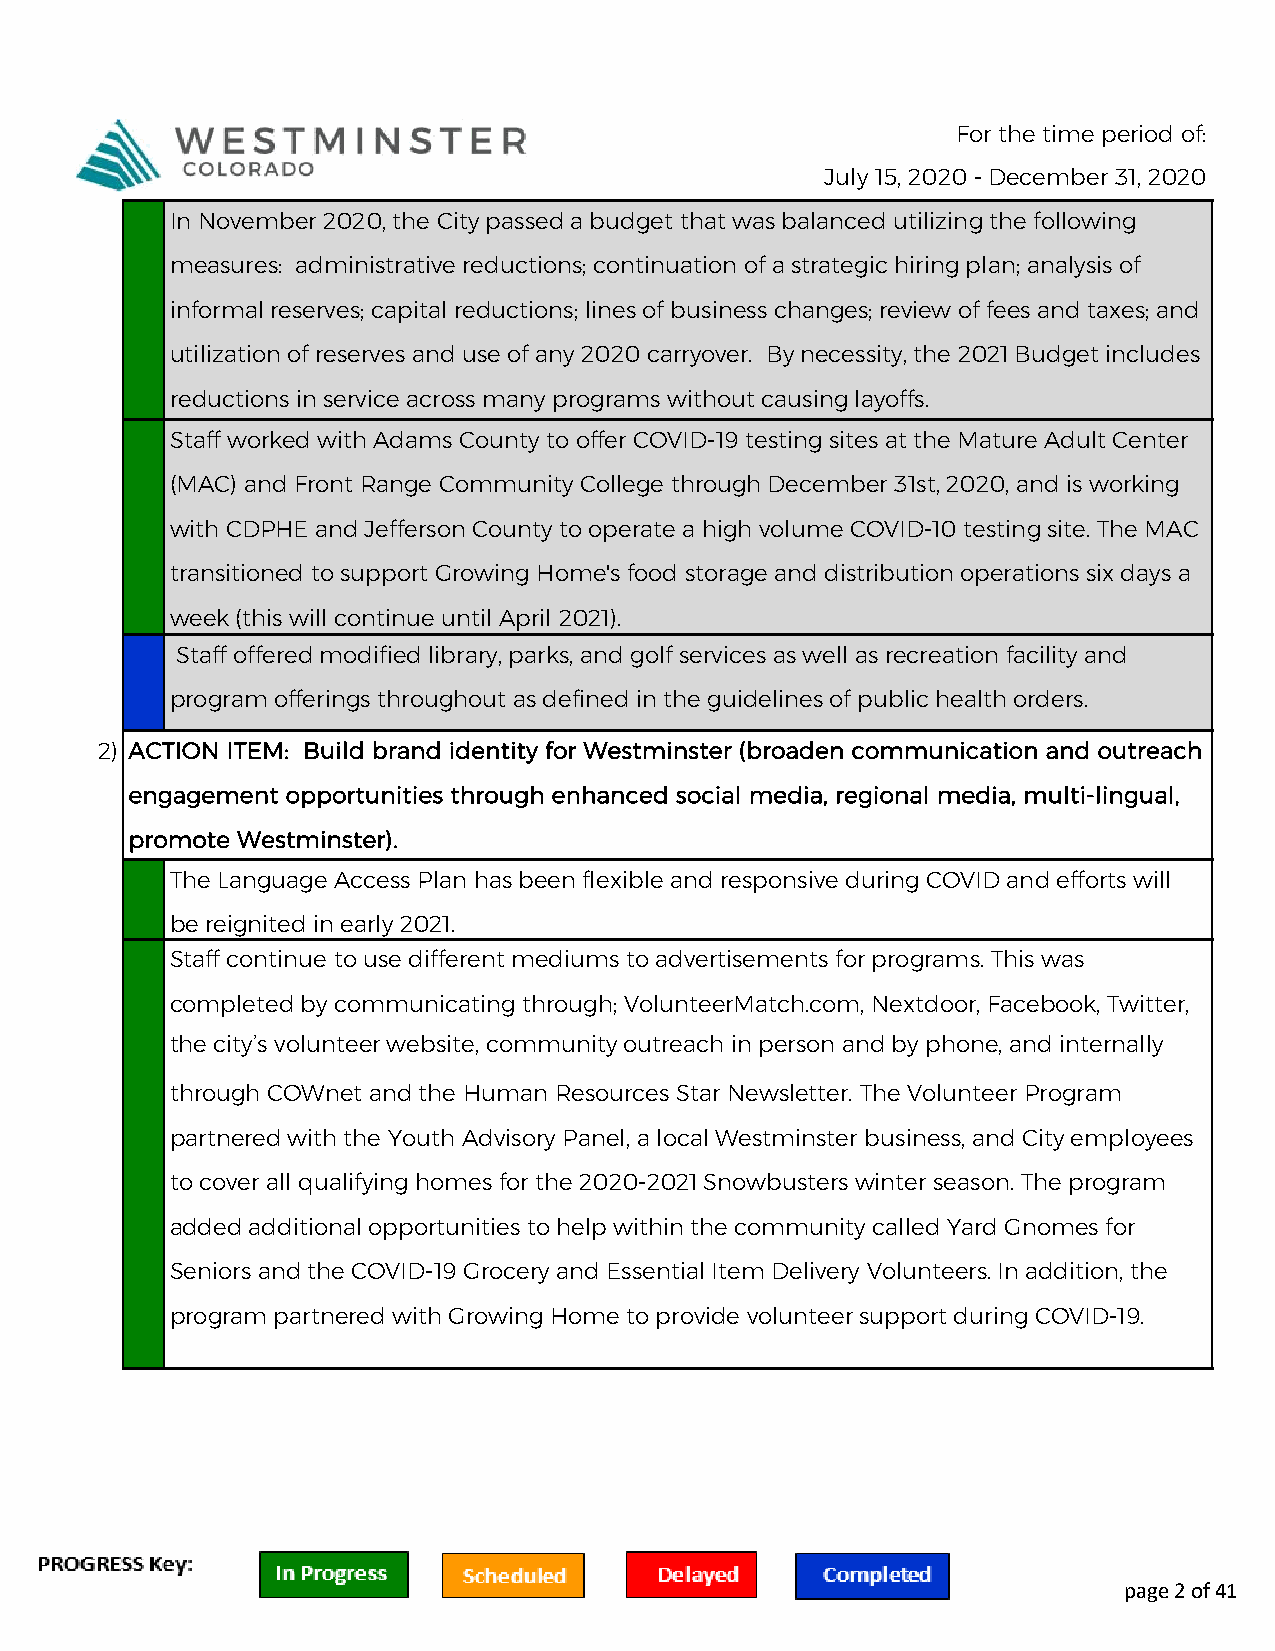
For the time period of:
 July 15, 2020 - December 31, 2020
 In November 2020, the City passed a budget that was balanced utilizing the following
 measures: administrative reductions; continuation of a strategic hiring plan; analysis of
 informal reserves; capital reductions; lines of business changes; review of fees and taxes; and
 utilization of reserves and use of any 2020 carryover. By necessity, the 2021 Budget includes
 reductions in service across many programs without causing layoffs.
 Staff worked with Adams County to offer COVID-19 testing sites at the Mature Adult Center
 (MAC) and Front Range Community College through December 31st, 2020, and is working
 with CDPHE and Jefferson County to operate a high volume COVID-10 testing site. The MAC
 transitioned to support Growing Home's food storage and distribution operations six days a
 week (this will continue until April 2021).
 Staff offered modified library, parks, and golf services as well as recreation facility and
 program offerings throughout as defined in the guidelines of public health orders.
 2) ACTION ITEM: Build brand identity for Westminster (broaden communication and outreach
 engagement opportunities through enhanced social media, regional media, multi-lingual,
 promote Westminster).
 The Language Access Plan has been flexible and responsive during COVID and efforts will
 be reignited in early 2021.
 Staff continue to use different mediums to advertisements for programs. This was
 completed by communicating through; VolunteerMatch.com, Nextdoor, Facebook, Twitter,
 the city’s volunteer website, community outreach in person and by phone, and internally
 through COWnet and the Human Resources Star Newsletter. The Volunteer Program
 partnered with the Youth Advisory Panel, a local Westminster business, and City employees
 to cover all qualifying homes for the 2020-2021 Snowbusters winter season. The program
 added additional opportunities to help within the community called Yard Gnomes for
 Seniors and the COVID-19 Grocery and Essential Item Delivery Volunteers. In addition, the
 program partnered with Growing Home to provide volunteer support during COVID-19.
 page 2 of 41